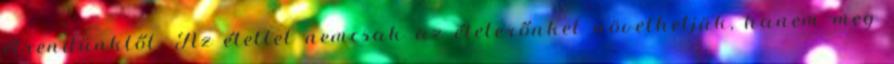
étrendünktől. Az étellel nemcsak az életerőnket növelhetjük, hanem meg